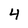
Character: 4